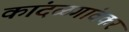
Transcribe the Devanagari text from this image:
कांदळगांवकर